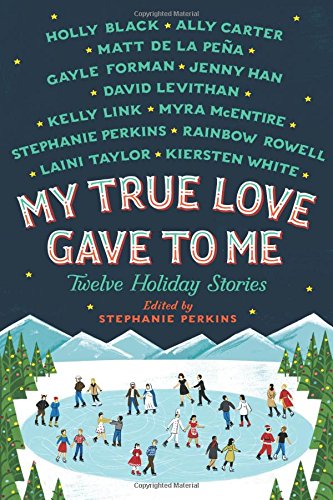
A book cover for My True Love Gave to Me: Twelve Holiday Stories; Stephanie Perkins; Teen & Young Adult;